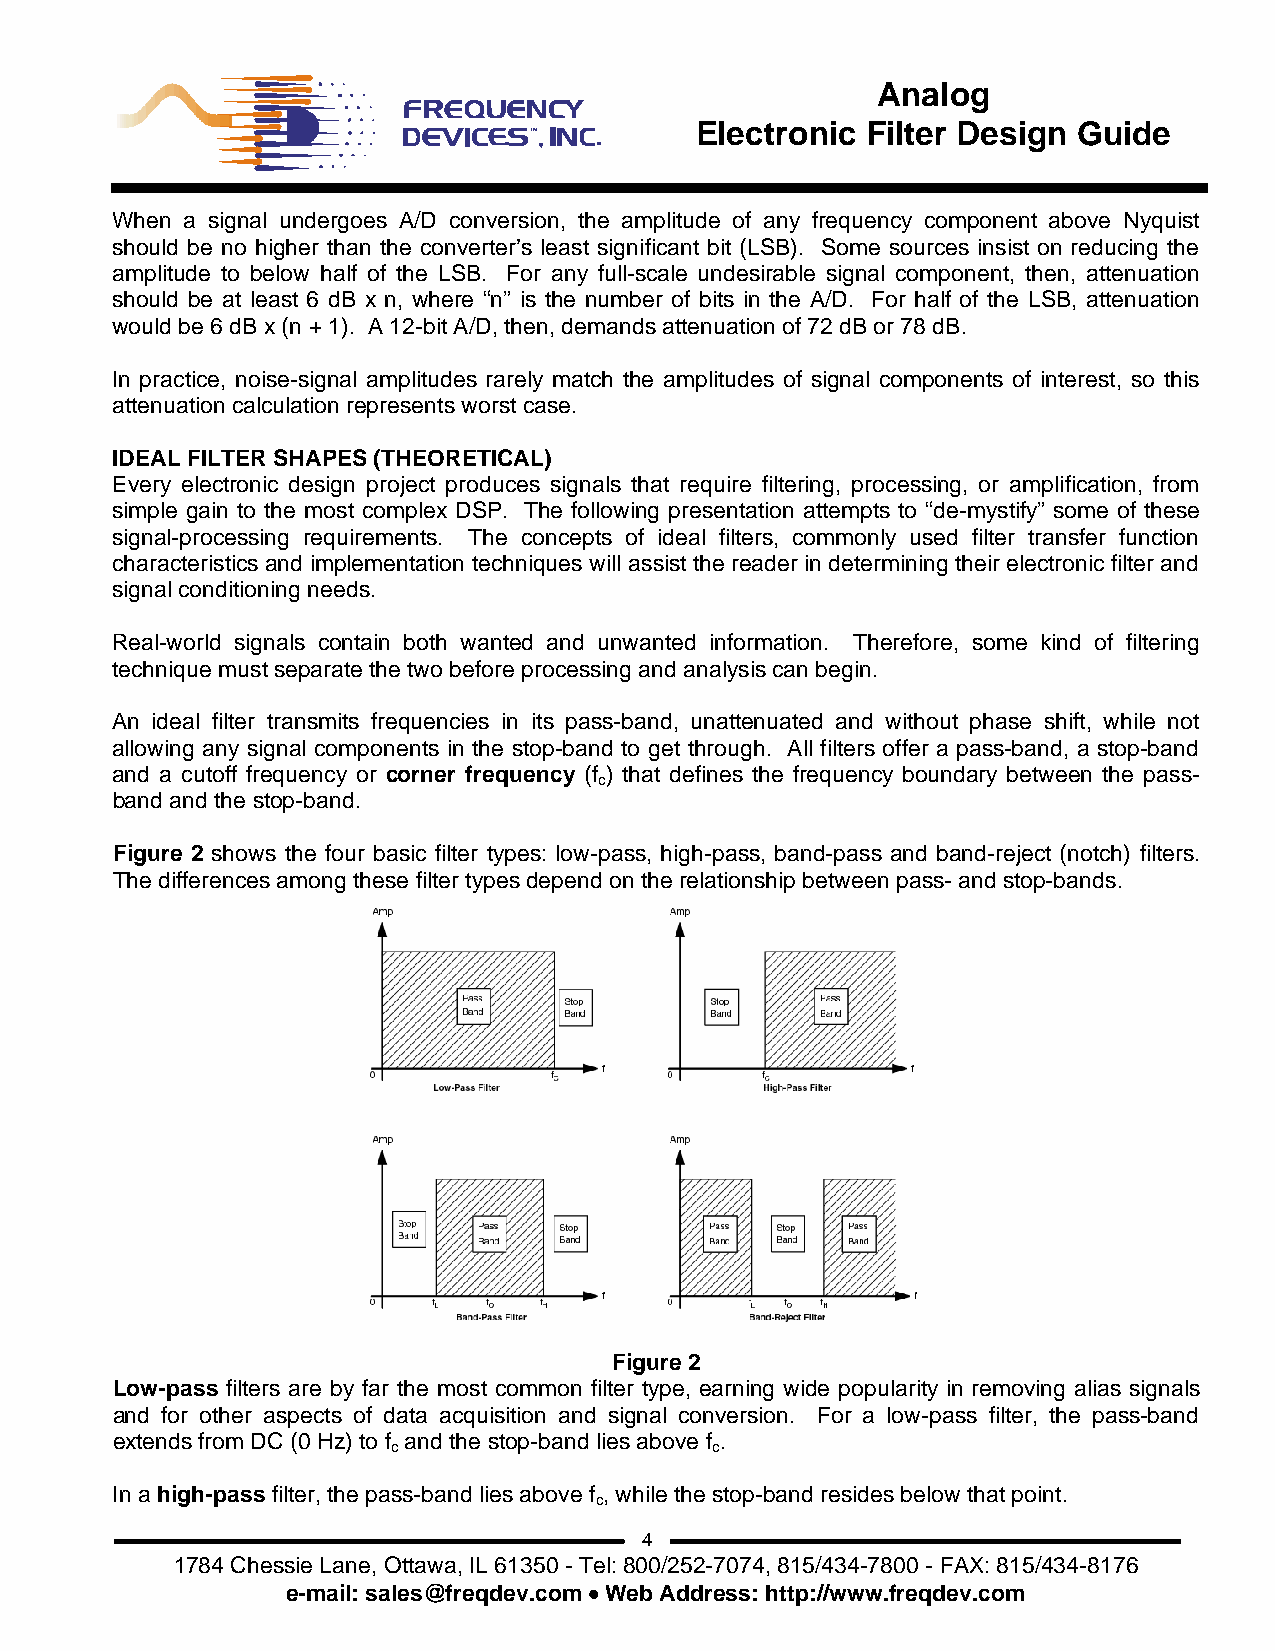
Analog
 Electronic Filter Design Guide
 When a signal undergoes A/D conversion, the amplitude of any frequency component above Nyquist
 should be no higher than the converter’s least significant bit (LSB). Some sources insist on reducing the
 amplitude to below half of the LSB. For any full-scale undesirable signal component, then, attenuation
 should be at least 6 dB x n, where “n” is the number of bits in the A/D. For half of the LSB, attenuation
 would be 6 dB x (n + 1). A 12-bit A/D, then, demands attenuation of 72 dB or 78 dB.
 In practice, noise-signal amplitudes rarely match the amplitudes of signal components of interest, so this
 attenuation calculation represents worst case.
 IDEAL FILTER SHAPES (THEORETICAL)
 Every electronic design project produces signals that require filtering, processing, or amplification, from
 simple gain to the most complex DSP. The following presentation attempts to “de-mystify” some of these
 signal-processing requirements. The concepts of ideal filters, commonly used filter transfer function
 characteristics and implementation techniques will assist the reader in determining their electronic filter and
 signal conditioning needs.
 Real-world signals contain both wanted and unwanted information. Therefore, some kind of filtering
 technique must separate the two before processing and analysis can begin.
 An ideal filter transmits frequencies in its pass-band, unattenuated and without phase shift, while not
 allowing any signal components in the stop-band to get through. All filters offer a pass-band, a stop-band
 and a cutoff frequency or corner frequency (f ) that defines the frequency boundary between the pass-
 c
 band and the stop-band.
 Figure 2 shows the four basic filter types: low-pass, high-pass, band-pass and band-reject (notch) filters.
 The differences among these filter types depend on the relationship between pass- and stop-bands.
 Figure 2
 Low-pass filters are by far the most common filter type, earning wide popularity in removing alias signals
 and for other aspects of data acquisition and signal conversion. For a low-pass filter, the pass-band
 extends from DC (0 Hz) to f and the stop-band lies above f .
 c                    c
 In a high-pass filter, the pass-band lies above f , while the stop-band resides below that point.
 c
 4
 1784 Chessie Lane, Ottawa, IL 61350 - Tel: 800/252-7074, 815/434-7800 - FAX: 815/434-8176
 e-mail: sales@freqdev.com • Web Address: http://www.freqdev.com